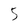
Character: 5